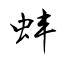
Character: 蚌